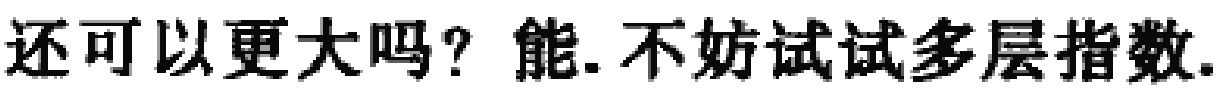
还可以更大吗？能.不妨试试多层指数.